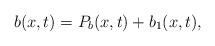
LaTeX: \begin{align*}b(x,t)= P_b(x,t) + b_1(x,t),\end{align*}